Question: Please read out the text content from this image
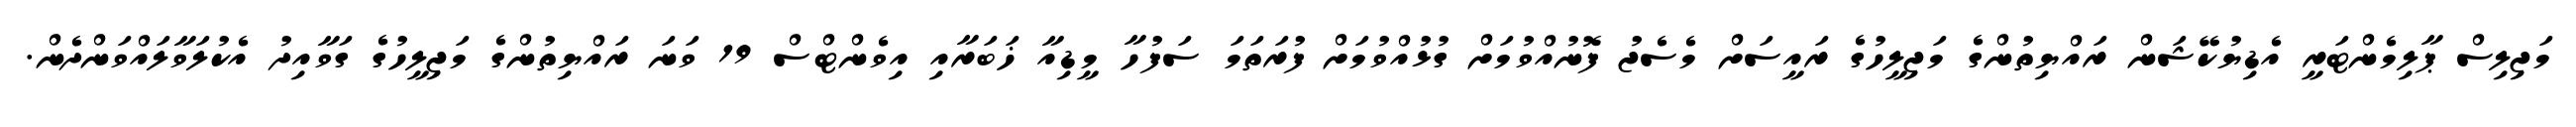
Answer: މަޖިލިސް ޕާލިމެންޓަރީ އެޑިޔުކޭޝަން ރައްޔިތުންގެ މަޖިލީހުގެ ރައީސަށް މެސެޖު ފޮނުއްވުމަށް ގުޅުއްވުމަށް ފުރަތަމަ ސަފުހާ މީޑިއާ ޚަބަރާއި އިވެންޓްސް 19 ވަނަ ރައްޔިތުންގެ މަޖިލީހުގެ ގަވާއިދު އެކުލަވާލައްވަންދެން.